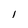
Character: l